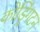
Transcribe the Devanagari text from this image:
कोड्रिंगटन